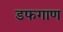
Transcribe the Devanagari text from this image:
डफगाण